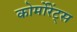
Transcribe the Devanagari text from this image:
कोर्मोरेंट्स